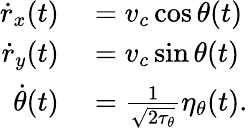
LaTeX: \begin{array}{rl}{\dot{r}_{x}(t)}&{{}=v_{c}\cos\theta(t)}\\ {\dot{r}_{y}(t)}&{{}=v_{c}\sin\theta(t)}\\ {\dot{\theta}(t)}&{{}=\frac{1}{\sqrt{2\tau_{\theta}}}\eta_{\theta}(t).}\end{array}